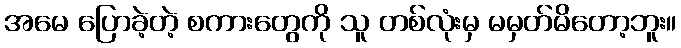
အမေ ပြောခဲ့တဲ့ စကားတွေကို သူ တစ်လုံးမှ မမှတ်မိတော့ဘူး။